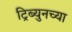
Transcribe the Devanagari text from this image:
ट्रिब्युनच्या